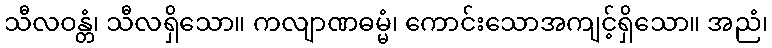
သီလဝန္တံ၊ သီလရှိသော။ ကလျာဏဓမ္မံ၊ ကောင်းသောအကျင့်ရှိသော။ အညံ၊